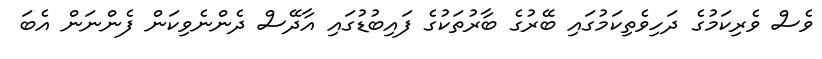
ވެސް ވެރިކަމުގެ ދަހިވެތިކަމުގައި ބޭރުގެ ބާރުތަކުގެ ފައިބުޑުގައި އާދޭސް ދެންނެވިކަން ފެންނަން އެބަ